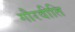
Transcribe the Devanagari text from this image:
गौरवीति